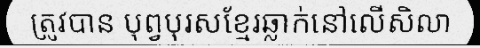
ត្រូវបាន បុព្វបុរសខ្មែរឆ្លាក់នៅលើសិលា